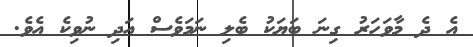
އެ ދެ މާވަހަރު ގިނަ ބަޔަކު ބެލި ނަމަވެސް އަދި ނުވިކެ އެވެ.